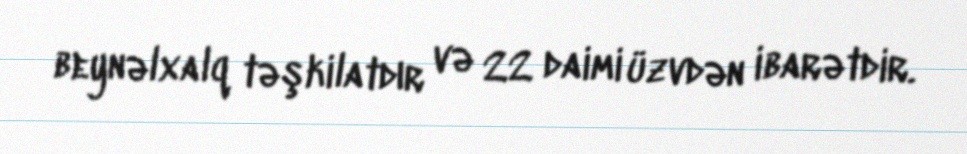
beynəlxalq təşkilatdır və 22 daimi üzvdən ibarətdir.